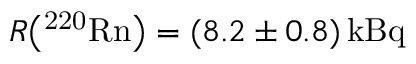
R \big ( \mathrm { ^ { 2 2 0 } R n } \big ) = ( 8 . 2 \pm 0 . 8 ) \, \mathrm { k B q }